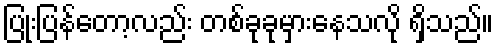
ပြုံးပြန်တော့လည်း တစ်ခုခုမှားနေသလို ရှိသည်။